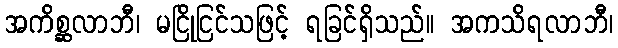
အကိစ္ဆလာဘီ၊ မငြိုငြင်သဖြင့် ရခြင်ရှိသည်။ အကသိရလာဘီ၊